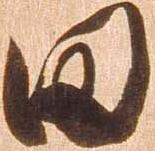
田